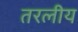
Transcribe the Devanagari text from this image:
तरलीय